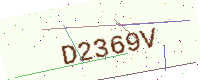
Text: D2369V